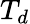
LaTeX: T_{d}